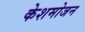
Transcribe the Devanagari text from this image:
केशमोजन